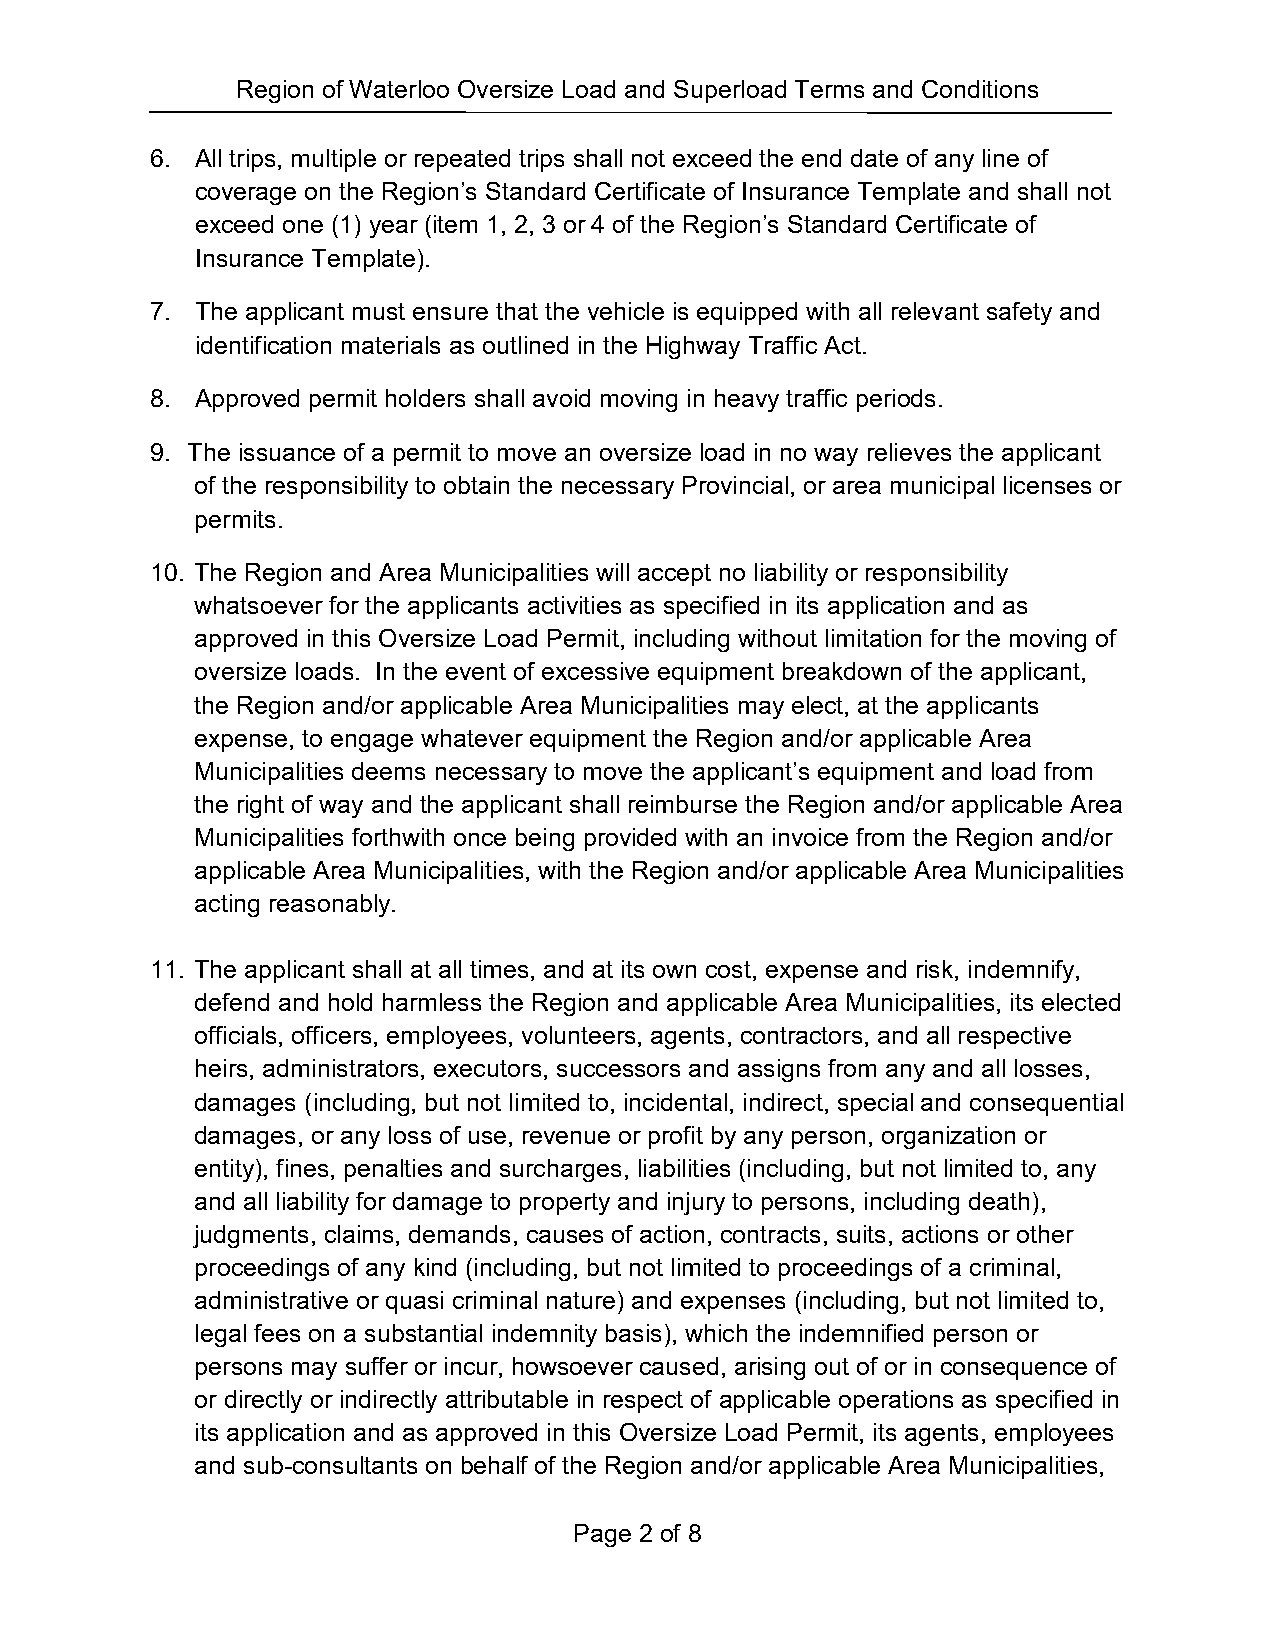
Region of Waterloo Oversize Load and Superload Terms and Conditions
 6. All trips, multiple or repeated trips shall not exceed the end date of any line of
 coverage on the Region’s Standard Certificate of Insurance Template and shall not
 exceed one (1) year (item 1, 2, 3 or 4 of the Region’s Standard Certificate of
 Insurance Template).
 7. The applicant must ensure that the vehicle is equipped with all relevant safety and
 identification materials as outlined in the Highway Traffic Act.
 8. Approved permit holders shall avoid moving in heavy traffic periods.
 9. The issuance of a permit to move an oversize load in no way relieves the applicant
 of the responsibility to obtain the necessary Provincial, or area municipal licenses or
 permits.
 10. The Region and Area Municipalities will accept no liability or responsibility
 whatsoever for the applicants activities as specified in its application and as
 approved in this Oversize Load Permit, including without limitation for the moving of
 oversize loads. In the event of excessive equipment breakdown of the applicant,
 the Region and/or applicable Area Municipalities may elect, at the applicants
 expense, to engage whatever equipment the Region and/or applicable Area
 Municipalities deems necessary to move the applicant’s equipment and load from
 the right of way and the applicant shall reimburse the Region and/or applicable Area
 Municipalities forthwith once being provided with an invoice from the Region and/or
 applicable Area Municipalities, with the Region and/or applicable Area Municipalities
 acting reasonably.
 11. The applicant shall at all times, and at its own cost, expense and risk, indemnify,
 defend and hold harmless the Region and applicable Area Municipalities, its elected
 officials, officers, employees, volunteers, agents, contractors, and all respective
 heirs, administrators, executors, successors and assigns from any and all losses,
 damages (including, but not limited to, incidental, indirect, special and consequential
 damages, or any loss of use, revenue or profit by any person, organization or
 entity), fines, penalties and surcharges, liabilities (including, but not limited to, any
 and all liability for damage to property and injury to persons, including death),
 judgments, claims, demands, causes of action, contracts, suits, actions or other
 proceedings of any kind (including, but not limited to proceedings of a criminal,
 administrative or quasi criminal nature) and expenses (including, but not limited to,
 legal fees on a substantial indemnity basis), which the indemnified person or
 persons may suffer or incur, howsoever caused, arising out of or in consequence of
 or directly or indirectly attributable in respect of applicable operations as specified in
 its application and as approved in this Oversize Load Permit, its agents, employees
 and sub-consultants on behalf of the Region and/or applicable Area Municipalities,
 Page 2 of 8